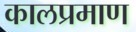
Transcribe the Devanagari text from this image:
कालप्रमाण